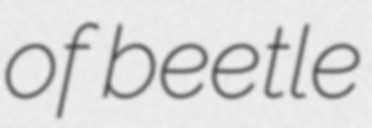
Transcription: of beetle